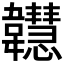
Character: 𩏲